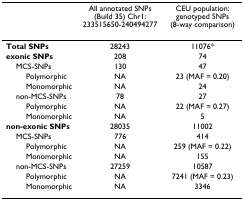
|  | All annotated SNPs (Build 35) Chr1: 233515650-240494277 | CEU population: genotyped SNPs (8-way comparison) |
 | --- | --- | --- |
 | Total SNPs | 28243 | 11076* |
 | exonic SNPs | 208 | 74 |
 | MCS-SNPs | 130 | 47 |
 | Polymorphic | NA | 23 (MAF = 0.20) |
 | Monomorphic | NA | 24 |
 | non-MCS-SNPs | 78 | 27 |
 | Polymorphic | NA | 22 (MAF = 0.27) |
 | Monomorphic | NA | 5 |
 | non-exonic SNPs | 28035 | 11002 |
 | MCS-SNPs | 776 | 414 |
 | Polymorphic | NA | 259 (MAF = 0.22) |
 | Monomorphic | NA | 155 |
 | non-MCS-SNPs | 27259 | 10587 |
 | Polymorphic | NA | 7241 (MAF = 0.23) |
 | Monomorphic | NA | 3346 |